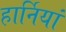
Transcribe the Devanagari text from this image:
हार्नियां